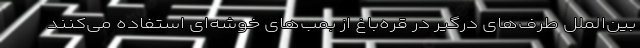
بین‌الملل طرف‌های درگیر در قره‌باغ از بمب‌های خوشه‌ای استفاده می‌کنند